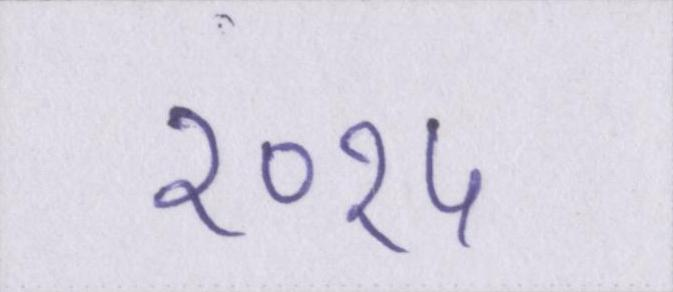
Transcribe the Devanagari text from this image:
२०१५